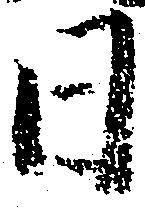
日